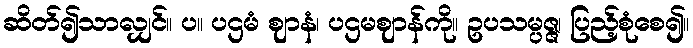
ဆိတ်၍သာလျှင်။ ပ။ ပဌမံ ဈာနံ၊ ပဌမဈာန်ကို။ ဥပသမ္ပဇ္ဇ၊ ပြည့်စုံစေ၍။